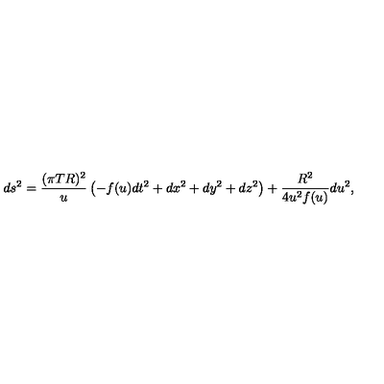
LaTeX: d s ^ { 2 } = \frac { ( \pi T R ) ^ { 2 } } u \left( - f ( u ) d t ^ { 2 } + d x ^ { 2 } + d y ^ { 2 } + d z ^ { 2 } \right) + { \frac { R ^ { 2 } } { 4 u ^ { 2 } f ( u ) } } d u ^ { 2 } ,